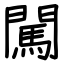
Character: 闖